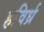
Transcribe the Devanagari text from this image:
हविर्ध्र